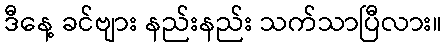
ဒီနေ့ ခင်ဗျား နည်းနည်း သက်သာပြီလား။